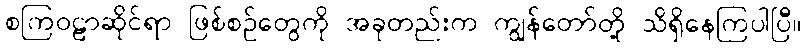
စကြဝဠာဆိုင်ရာ ဖြစ်စဉ်တွေကို အခုတည်းက ကျွန်တော်တို့ သိရှိနေကြပါပြီ။